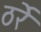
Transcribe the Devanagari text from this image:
ठर्रे